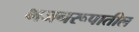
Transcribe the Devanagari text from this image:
भजनरूपातील